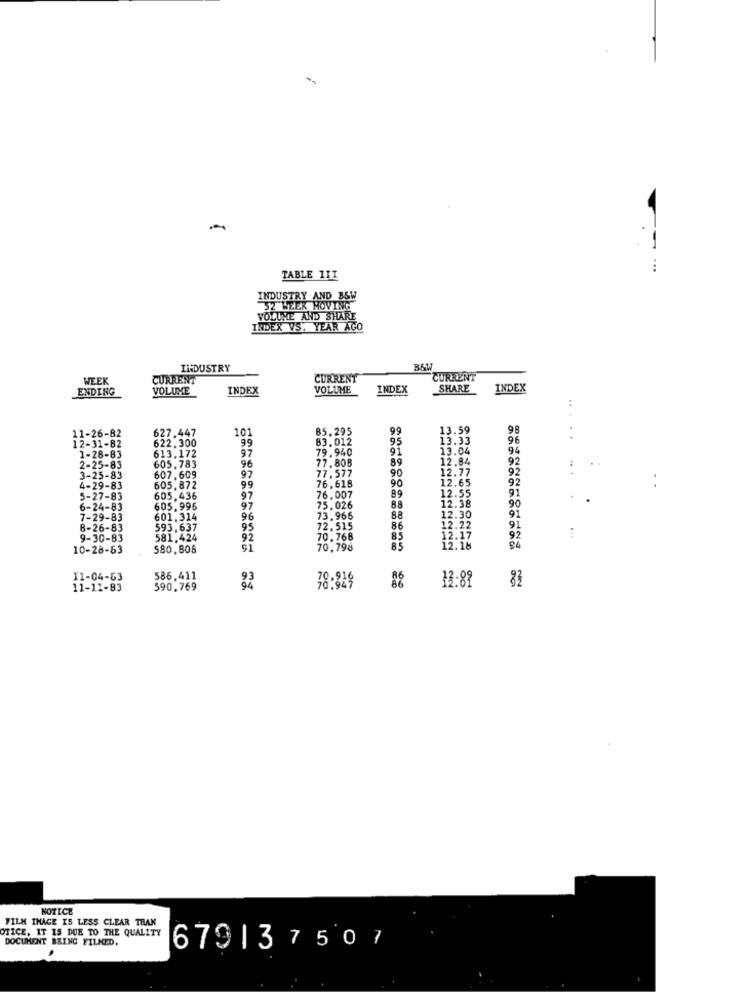
-
-
...
TABLE 111
INDUSTRY AND B6W
VOLUME AND SHARE
IRDEX VS. YEAR AGO
INDUSTRY
B&W
WEEK
CURRENT
CURRENT
CURRENT
ENDING
VOLUME
INDEX
VOLUME
INDEX
SHARE
INDEX
..
627.447
101
85,295
99
13.59
98
12-31-82
11-26-82
622.300
99
83.012
13.33
96
613.172
97
79.940
95
91
13.04
94
1-28-83
605,783
89
12.84
92
2-25-83
96
77,577
77,80B
12.77
92
3-25-83
607.609
97
90
12.65
92
4-29-83
605,872
99
76,618
90
91
5-27-83
605,436
97
76.007
89
12.55
90
6-24-83
605.996
97
75.026
88
12.38
91
7-29-83
601.314
96
73.966
88
12.30
8-26-83
593,637
95
72. 515
86
12.22
91
9-30-83
581.424
92
70.766
85
12.17
92
10-28-83
580,808
70,798
85
12.18
11-04-83
586,411
93
12:82
11-11-83
590.769
78:349
NOTICE
OTICE, IT IS DUE TO THE QUALITY
FILM IMAGE IS LESS CLEAR THAN
DOCUMENT BRING FILNED.
679137507